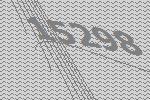
15298